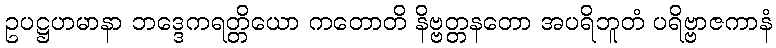
ဥပဋ္ဌဟမာနာ ဘဒ္ဒေကရတ္တိယော ကတောတိ နိဗ္ဗတ္တနတော အပရိဘူတံ ပရိဗ္ဗာဇကာနံ